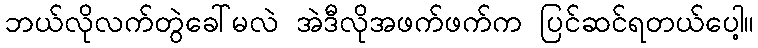
ဘယ်လိုလက်တွဲခေါ်မလဲ အဲဒီလိုအဖက်ဖက်က ပြင်ဆင်ရတယ်ပေါ့။